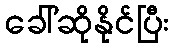
ခေါ်ဆိုနိုင်ပြီး